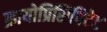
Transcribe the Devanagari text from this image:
क्रायोप्रिसिपिटेट